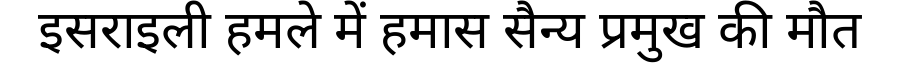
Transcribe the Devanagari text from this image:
इसराइली हमले में हमास सैन्य प्रमुख की मौत